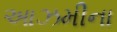
આઝમીના